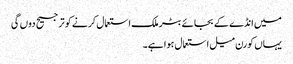
میں انڈے کے بجائے بٹر ملک استعمال کرنے کو ترجیح دوں گی
یہاں کورن میل استعمال ہوا ہے۔